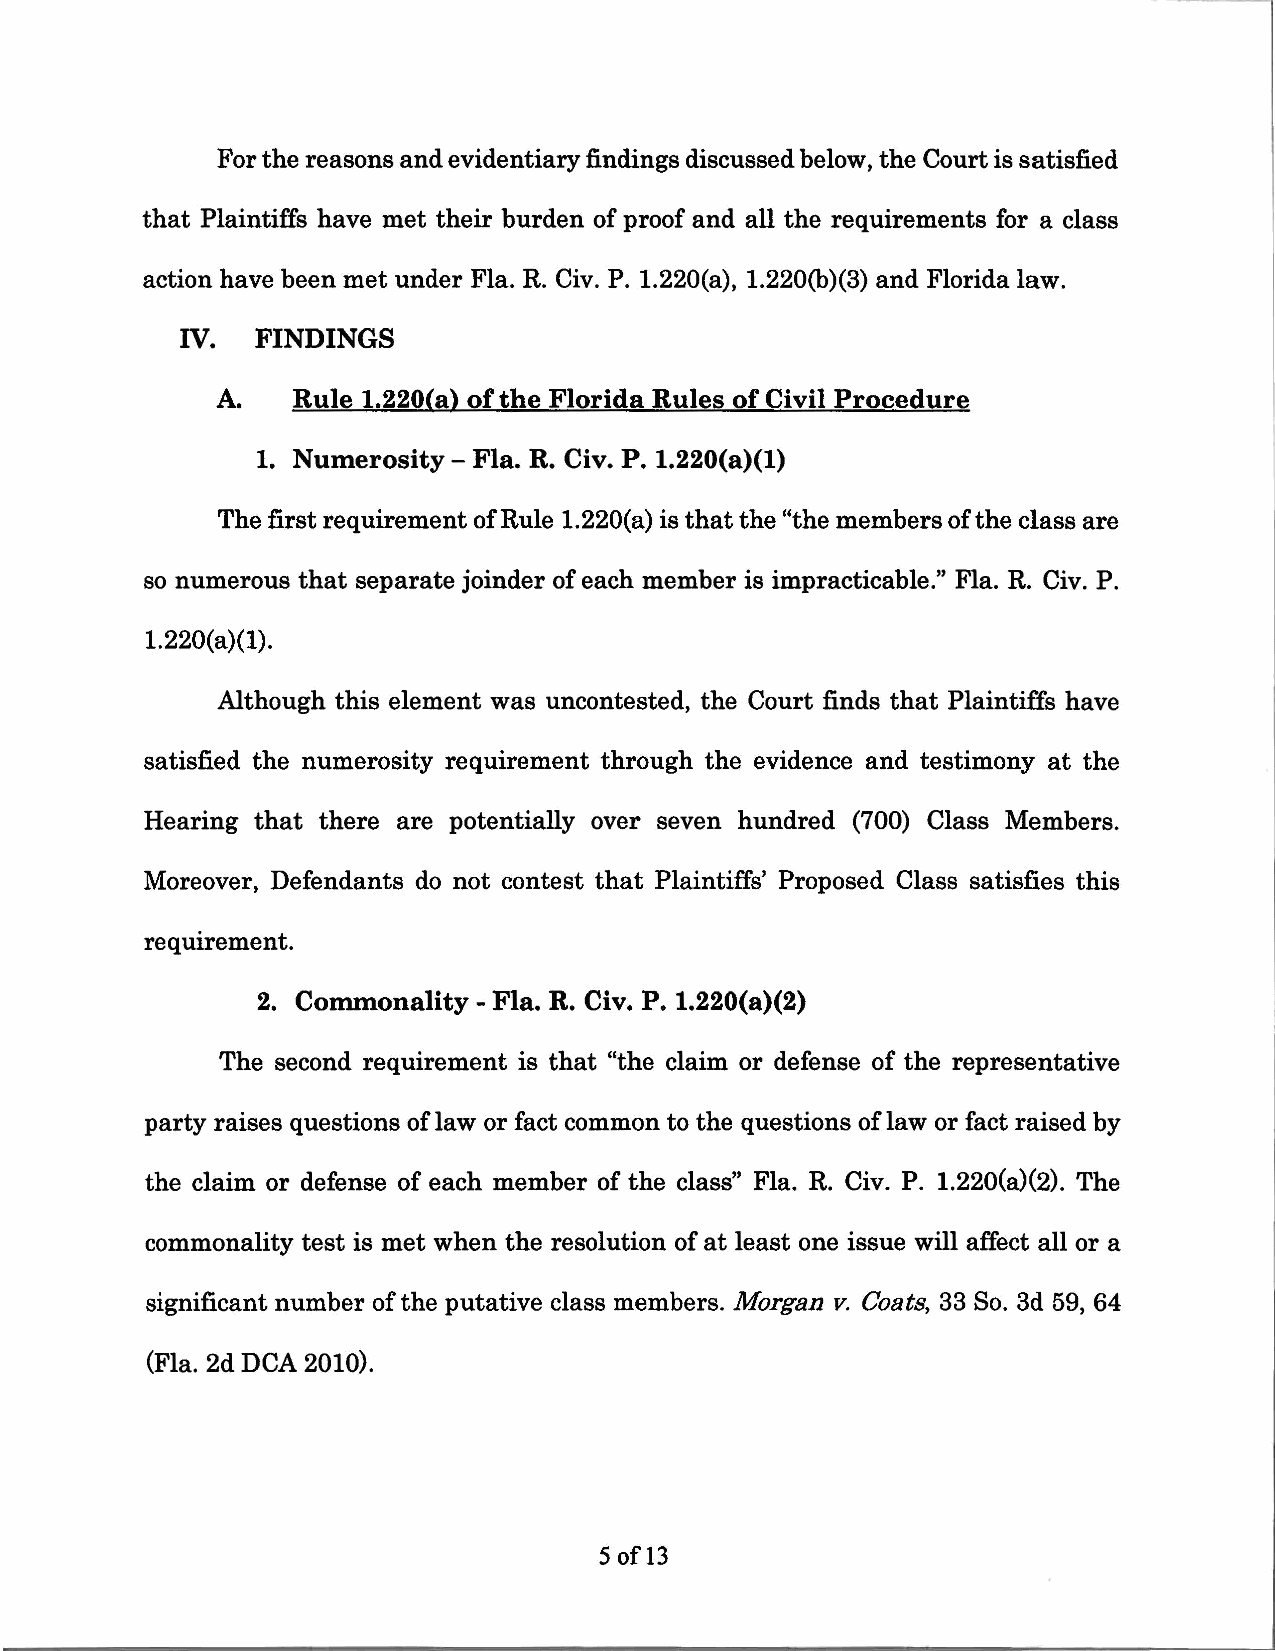
For the reasons and evidentiary findings discussed below, the Court is satisfied
 that Plaintiffs have met their burden of proof and all the requirements for a class
 action have been met under Fla. R. Civ. P. 1.220(a), 1.220(b)(3) and Florida law.
 IV.  FINDINGS
 A.   Rule 1.220(a) of the Florida Rules of Civil Procedure
 1. Numerosity- Fla. R. Civ. P. l.220(a)(l)
 The first requirement of Rule 1.220(a) is that the "the members of the class are
 so numerous that separate joinder of each member is impracticable." Fla. R. Civ. P.
 1.220(a)(l).
 Although this element was uncontested, the Court finds that Plaintiffs have
 satisfied the numerosity requirement through the evidence and testimony at the
 Hearing that there are potentially over seven hundred (700) Class Members.
 Moreover, Defendants do not contest that Plaintiffs' Proposed Class satisfies this
 requirement.
 2. Commonality - Fla. R. Civ. P. 1.220(a)(2)
 The second requirement is that "the claim or defense of the representative
 party raises questions of law or fact common to the questions of law or fact raised by
 the claim or defense of each member of the class" Fla. R. Civ. P. 1.220(a)(2). The
 commonality test is met when the resolution of at least one issue will affect all or a
 significant number of the putative class members. Morgan v. Coats, 33 So. 3d 59, 64
 (Fla. 2d DCA 2010).
 5 of13